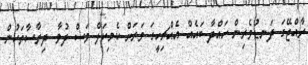
ރާއްޖޭގަ ދަނޑުވެރިން ހައްދާ ބައެއް އެއްޗިހީގަ ވަރަށް ކެމިކަލް ވަސް ދުވާ. ދިރާސާތަކުން